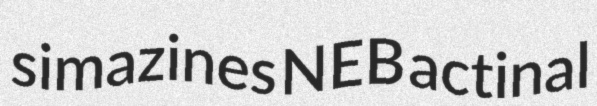
simazines NEB actinal